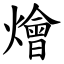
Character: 燴